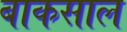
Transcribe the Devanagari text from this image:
बाकसाल